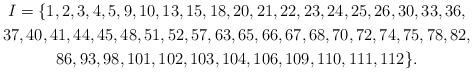
LaTeX: \begin{gather*} I = \{ 1, 2, 3, 4, 5, 9, 10, 13, 15, 18, 20, 21, 22, 23, 24, 25, 26, 30, 33, 36, \\37, 40, 41, 44, 45, 48, 51, 52, 57, 63, 65, 66, 67, 68, 70, 72, 74, 75, 78, 82, \\86, 93, 98, 101, 102, 103, 104, 106, 109, 110, 111, 112 \}.\end{gather*}